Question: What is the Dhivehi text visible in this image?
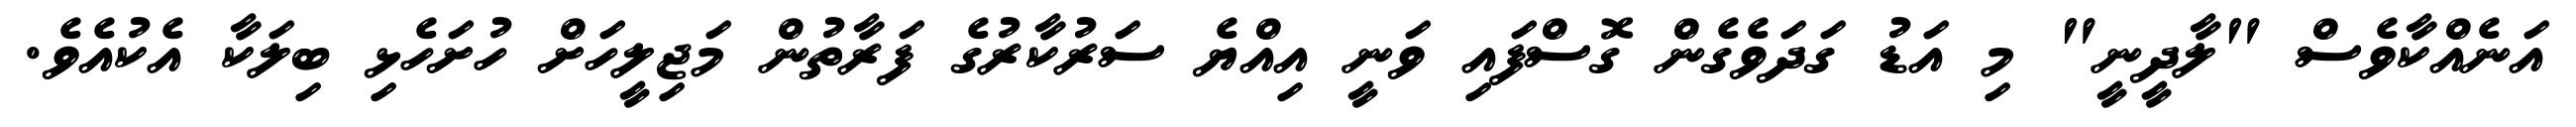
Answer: އަނެއްކާވެސް "ލާދީނީ" މި އަޑު ގަދަވެގެން ގޮސްފައި ވަނީ އިއްޔެ ސަރުކާރުގެ ފަރާތުން މަޖިލީހަށް ހުށަހެޅި ބިލަކާ އެކުއެވެ.